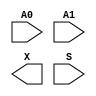
module sky130_fd_sc_hvl__udp_mux_2to1 (
    //# {{data|Data Signals}}
    input  A0,
    input  A1,
    output X ,

    //# {{control|Control Signals}}
    input  S
);
endmodule